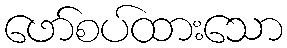
ဖော်စပ်ထားသော